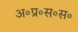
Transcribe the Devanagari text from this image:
अ॰प्र॰स॰स॰